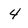
Character: 4